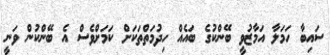
ސައިބާ ހަމަލާ އަމާޒުވީ ބޭންކުގެ ބައެއް ހިދުމަތްތަކަށް ކަމަށްވެސް އެ ބޭންކުން ވަނީ